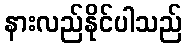
နားလည်နိုင်ပါသည်